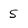
Character: 5